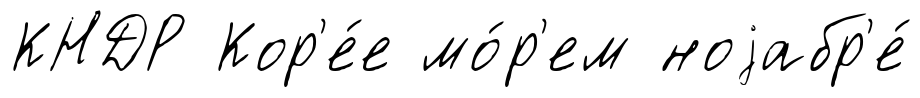
КНДР Кор'е́е мо́р'ем ноjабр'е́